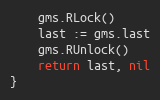
Language: Go
	gms.RLock()
	last := gms.last
	gms.RUnlock()
	return last, nil
}